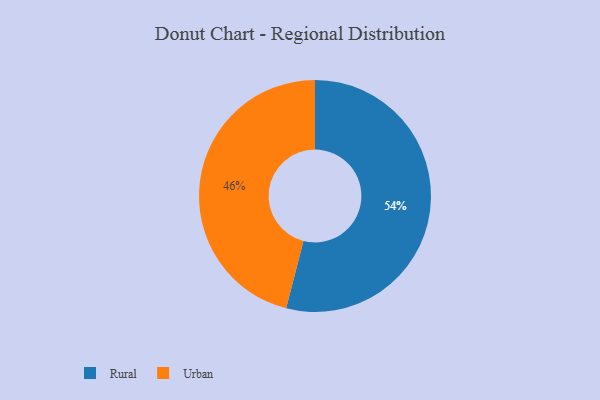
{"axis": {"x": "Category", "y": "Percentage"}, "legend": ["Rural", "Urban"], "data": [{"x": "Rural", "y": 54, "type": "Rural"}, {"x": "Urban", "y": 46, "type": "Urban"}]}